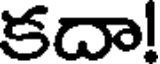
కదా!